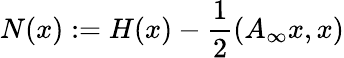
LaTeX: N(x):=H(x)-\frac{1}{2}\left(A_{\infty}x,x\right)